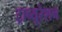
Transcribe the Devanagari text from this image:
ट्राच्यूरेशन